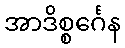
အာဒိစ္စင်္ဂေန